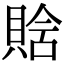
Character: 𧶗